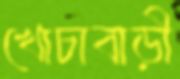
খোচাবাড়ী